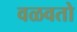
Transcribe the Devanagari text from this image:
वळवतो